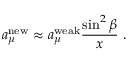
a _ { \mu } ^ { \mathrm { { n e w } } } \approx a _ { \mu } ^ { \mathrm { w e a k } } \frac { \sin ^ { 2 } \beta } { x } \, \, .